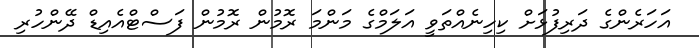
އަހަރެންގެ ދަރިފުޅަށް ކިހިނެއްތަވީ އަލަމްގެ މަންމަ ރޮމުން ރޮމުން ފަސްޓްއެއިޑް ދޭންހުރި